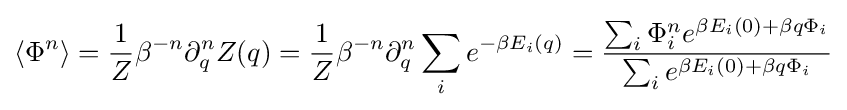
\langle \Phi ^{n}\rangle ={\frac {1}{Z}}\beta ^{-n}\partial _{q}^{n}Z(q)={\frac {1}{Z}}\beta ^{-n}\partial _{q}^{n}\sum _{i}e^{-\beta E_{i}(q)}={\frac {\sum _{i}\Phi _{i}^{n}e^{\beta E_{i}(0)+\beta q\Phi _{i}}}{\sum _{i}e^{\beta E_{i}(0)+\beta q\Phi _{i}}}}